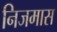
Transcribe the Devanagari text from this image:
निजमास